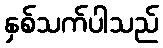
နှစ်သက်ပါသည်